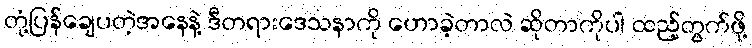
တုံ့ပြန်ချေပတဲ့အနေနဲ့ ဒီတရားဒေသနာကို ဟောခဲ့တာလဲ ဆိုတာကိုပါ ထည့်တွက်ဖို့